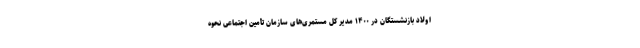
اولاد بازنشستگان در ۱۴۰۰ مدیر کل مستمری‌های سازمان تأمین اجتماعی نحوه